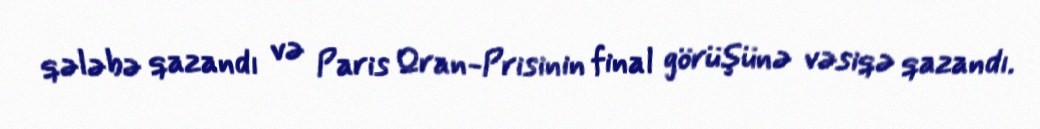
qələbə qazandı və Paris Qran-Prisinin final görüşünə vəsiqə qazandı.